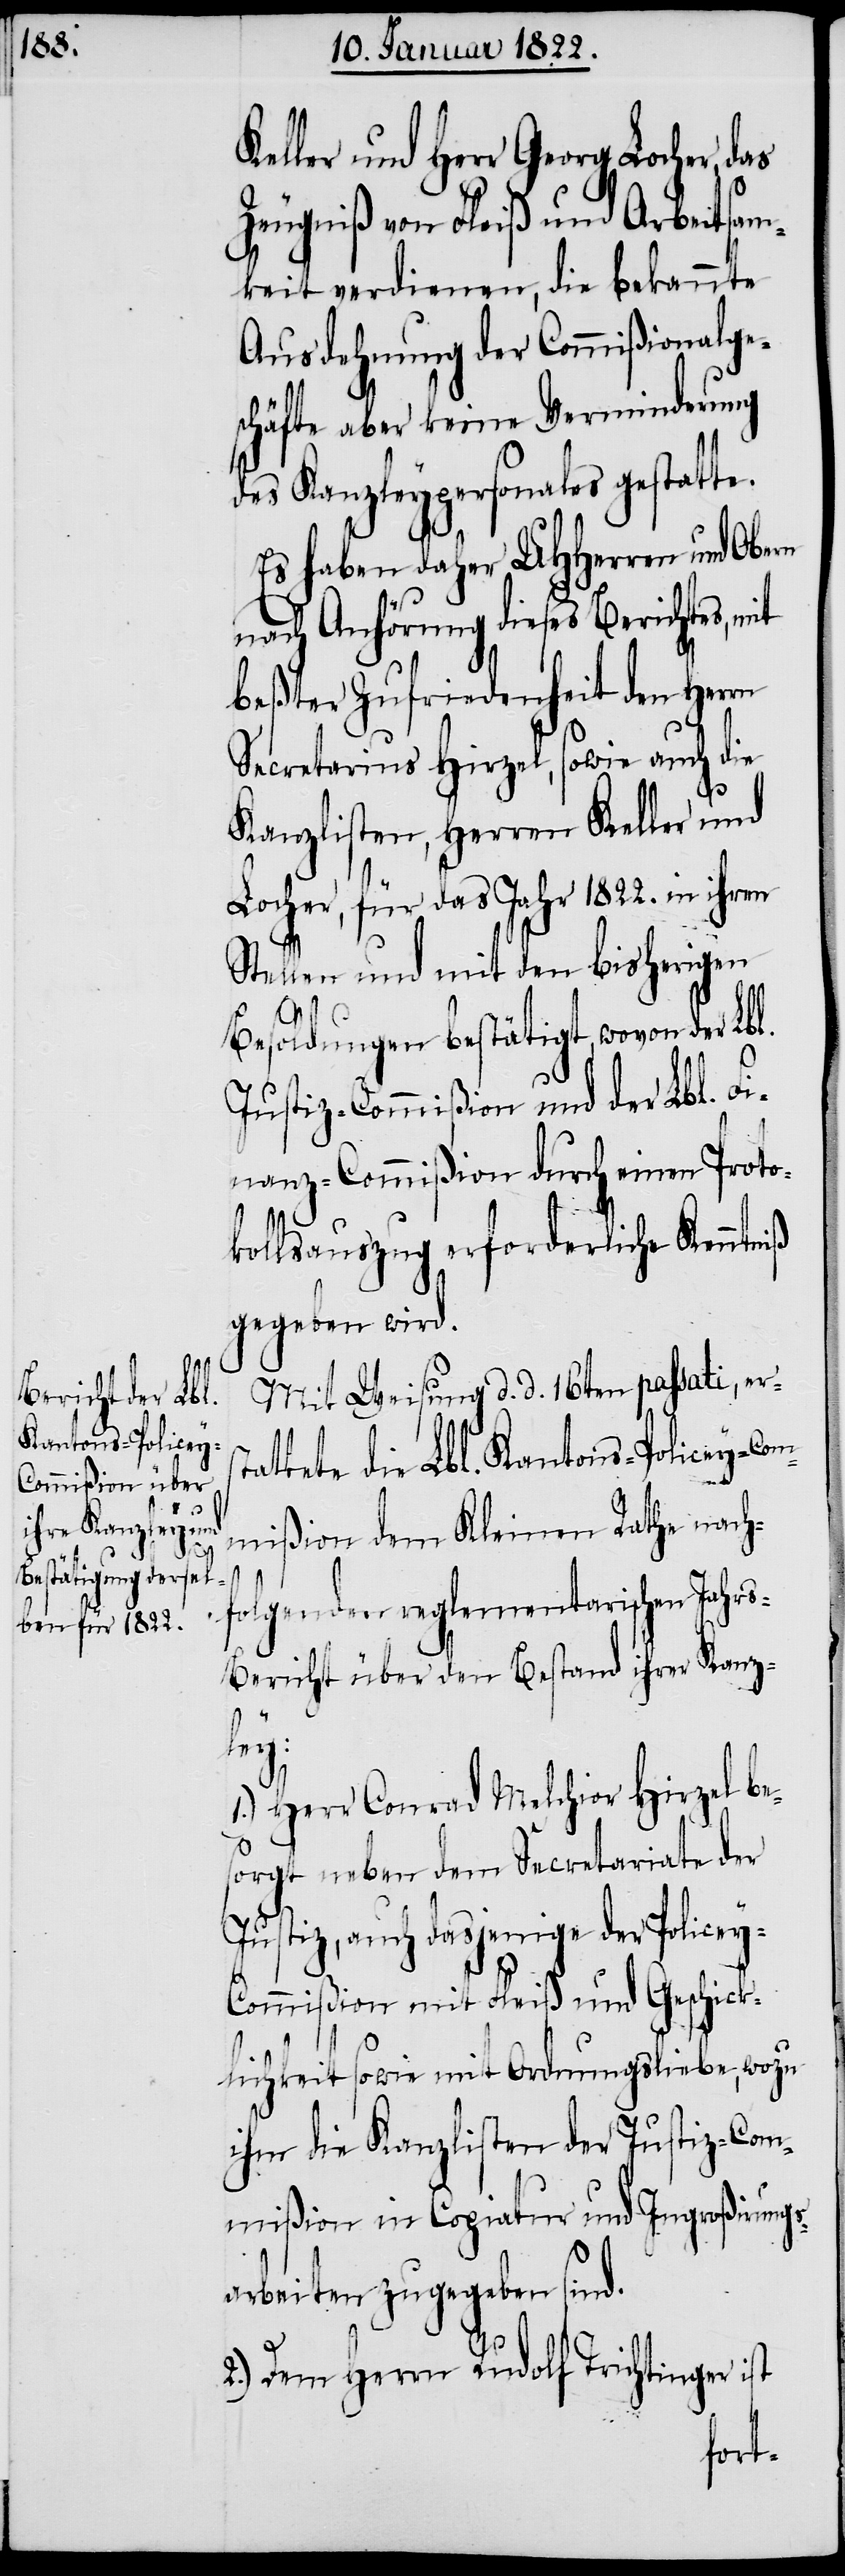
y-C¬

Keller und Herr Georg Locher, das
Zeugniß von Fleiß und Arbeitsam¬
keit verdienen, die bekannte
Ausdehnung der Commißionalge¬
schäfte aber keine Verminderung
des Kanzleypersonales gestatte.
Es haben daher UHHerren und Obern
nach Anhörung dieses Berichtes,
beßter Zufriedenheit den Herrn
Secretarius Hirzel, sowie auch die
Kanzlisten, Herren Keller und
Locher, für das Jahr 1822. in
Stellen und mit den bisherigen
Besoldungen bestätigt wovon der Lbl.
Justiz-Commißion und der Lbl. Fi¬
nanz-Commißion durch einen Proto¬
kollsauszug erforderliche Kenntniß
gegeben wird.
Mit Weisung d. d. 16ten passati, ers¬
tattete die Lbl. Kantons-Policey-Com¬
mißion dem Kleinen Rathe nach¬
folgenden reglementarischen Jahr¬
s-Bericht über den Bestand ihrer Kanz¬
ley:
1.) Herr Conrad Melchior Hirzel be¬
sorgt neben dem Secretariate der
Justiz, auch dasjenige der Police¬
ommißion mit Fleiß und Geschick¬
lichkeit sowie mit Ordnungsliebe, wozu
ihm die Kanzlisten der Justiz-Com¬
mißion in Copiatur und Ingroßirungs¬
arbeiten zugegeben sind.
2.) Dem Herrn Rudolf Trichtinger ist